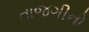
તાજગીનો